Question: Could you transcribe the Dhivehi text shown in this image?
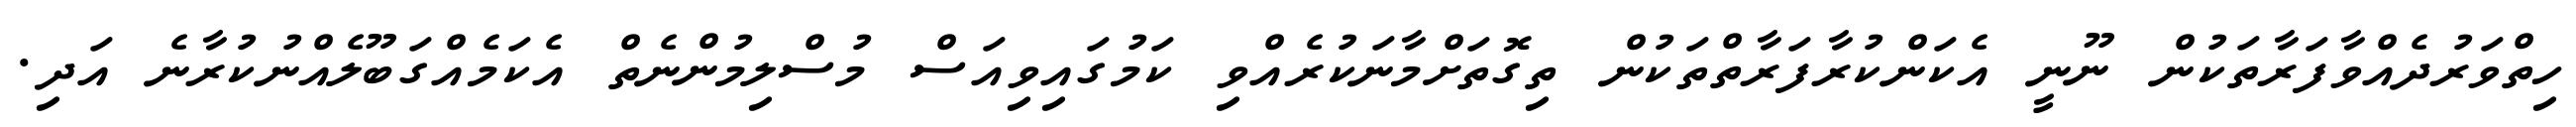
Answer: ހިތްވަރުދެއްވާފަރާތަކުން ނޫނީ އެކަންކުރާފަރާތްތަކުން ތިގޮތަށްމާނަކުރެއްވި ކަމުގައިވިއަސް މުސްލިމުންނެތް އެކަމެއްގަބޫލެއްނުކުރާނެ އަދި.